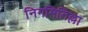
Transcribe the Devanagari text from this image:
निगमितिल्ला